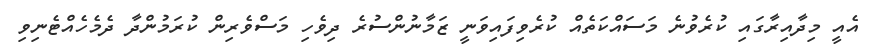
އެއީ މިދާއިރާގައި ކުރެވުނެ މަސައްކަތެއް ކުރެވިފައިވަނީ ޒަމާނުންސުރެ ދިވެހި މަސްވެރިން ކުރަމުންދާ ދެމެހެއްޓެނިވި